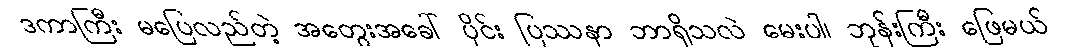
ဒကာကြီး မပြေလည်တဲ့ အတွေးအခေါ် ပိုင်း ပြဿနာ ဘာရှိသလဲ မေးပါ၊ ဘုန်းကြီး ဖြေမယ်